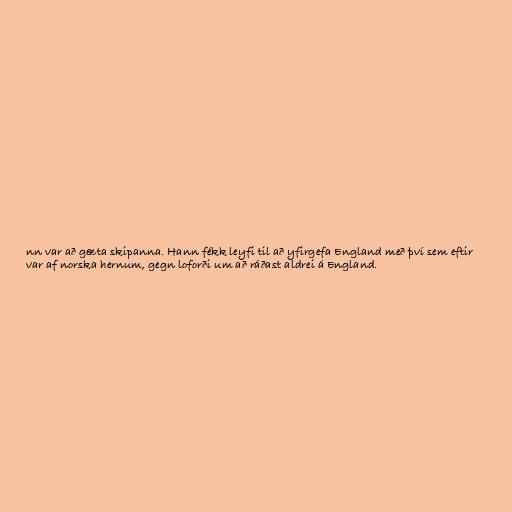
nn var að gæta skipanna. Hann fékk leyfi til að yfirgefa England með því sem eftir
var af norska hernum, gegn loforði um að ráðast aldrei á England.